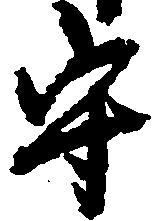
守